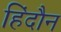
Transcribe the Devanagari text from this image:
हिंदौन